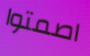
اصمتوا